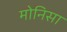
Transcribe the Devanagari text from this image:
मोनिसा